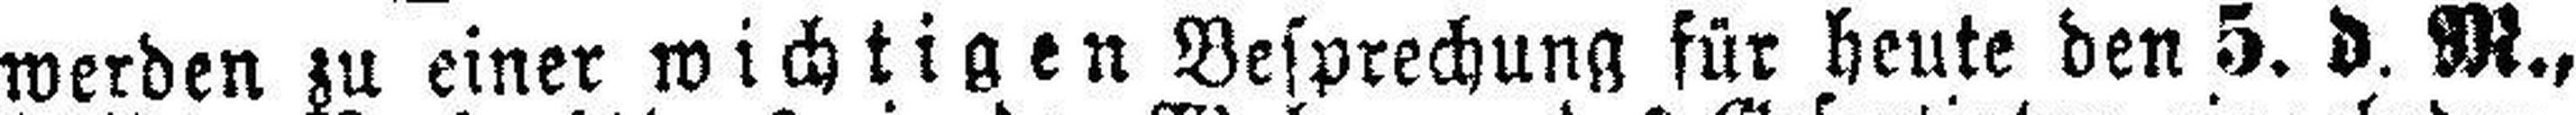
werden zu einer wichtigen Besprechung für heute den 5. d. M.,